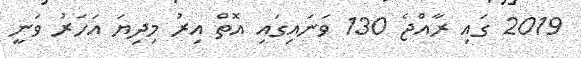
2019 ގައި ރާއްޖެ 130 ވަނައިގައި އޮތް އިރު މިދިޔަ އަހަރު ވަނީ